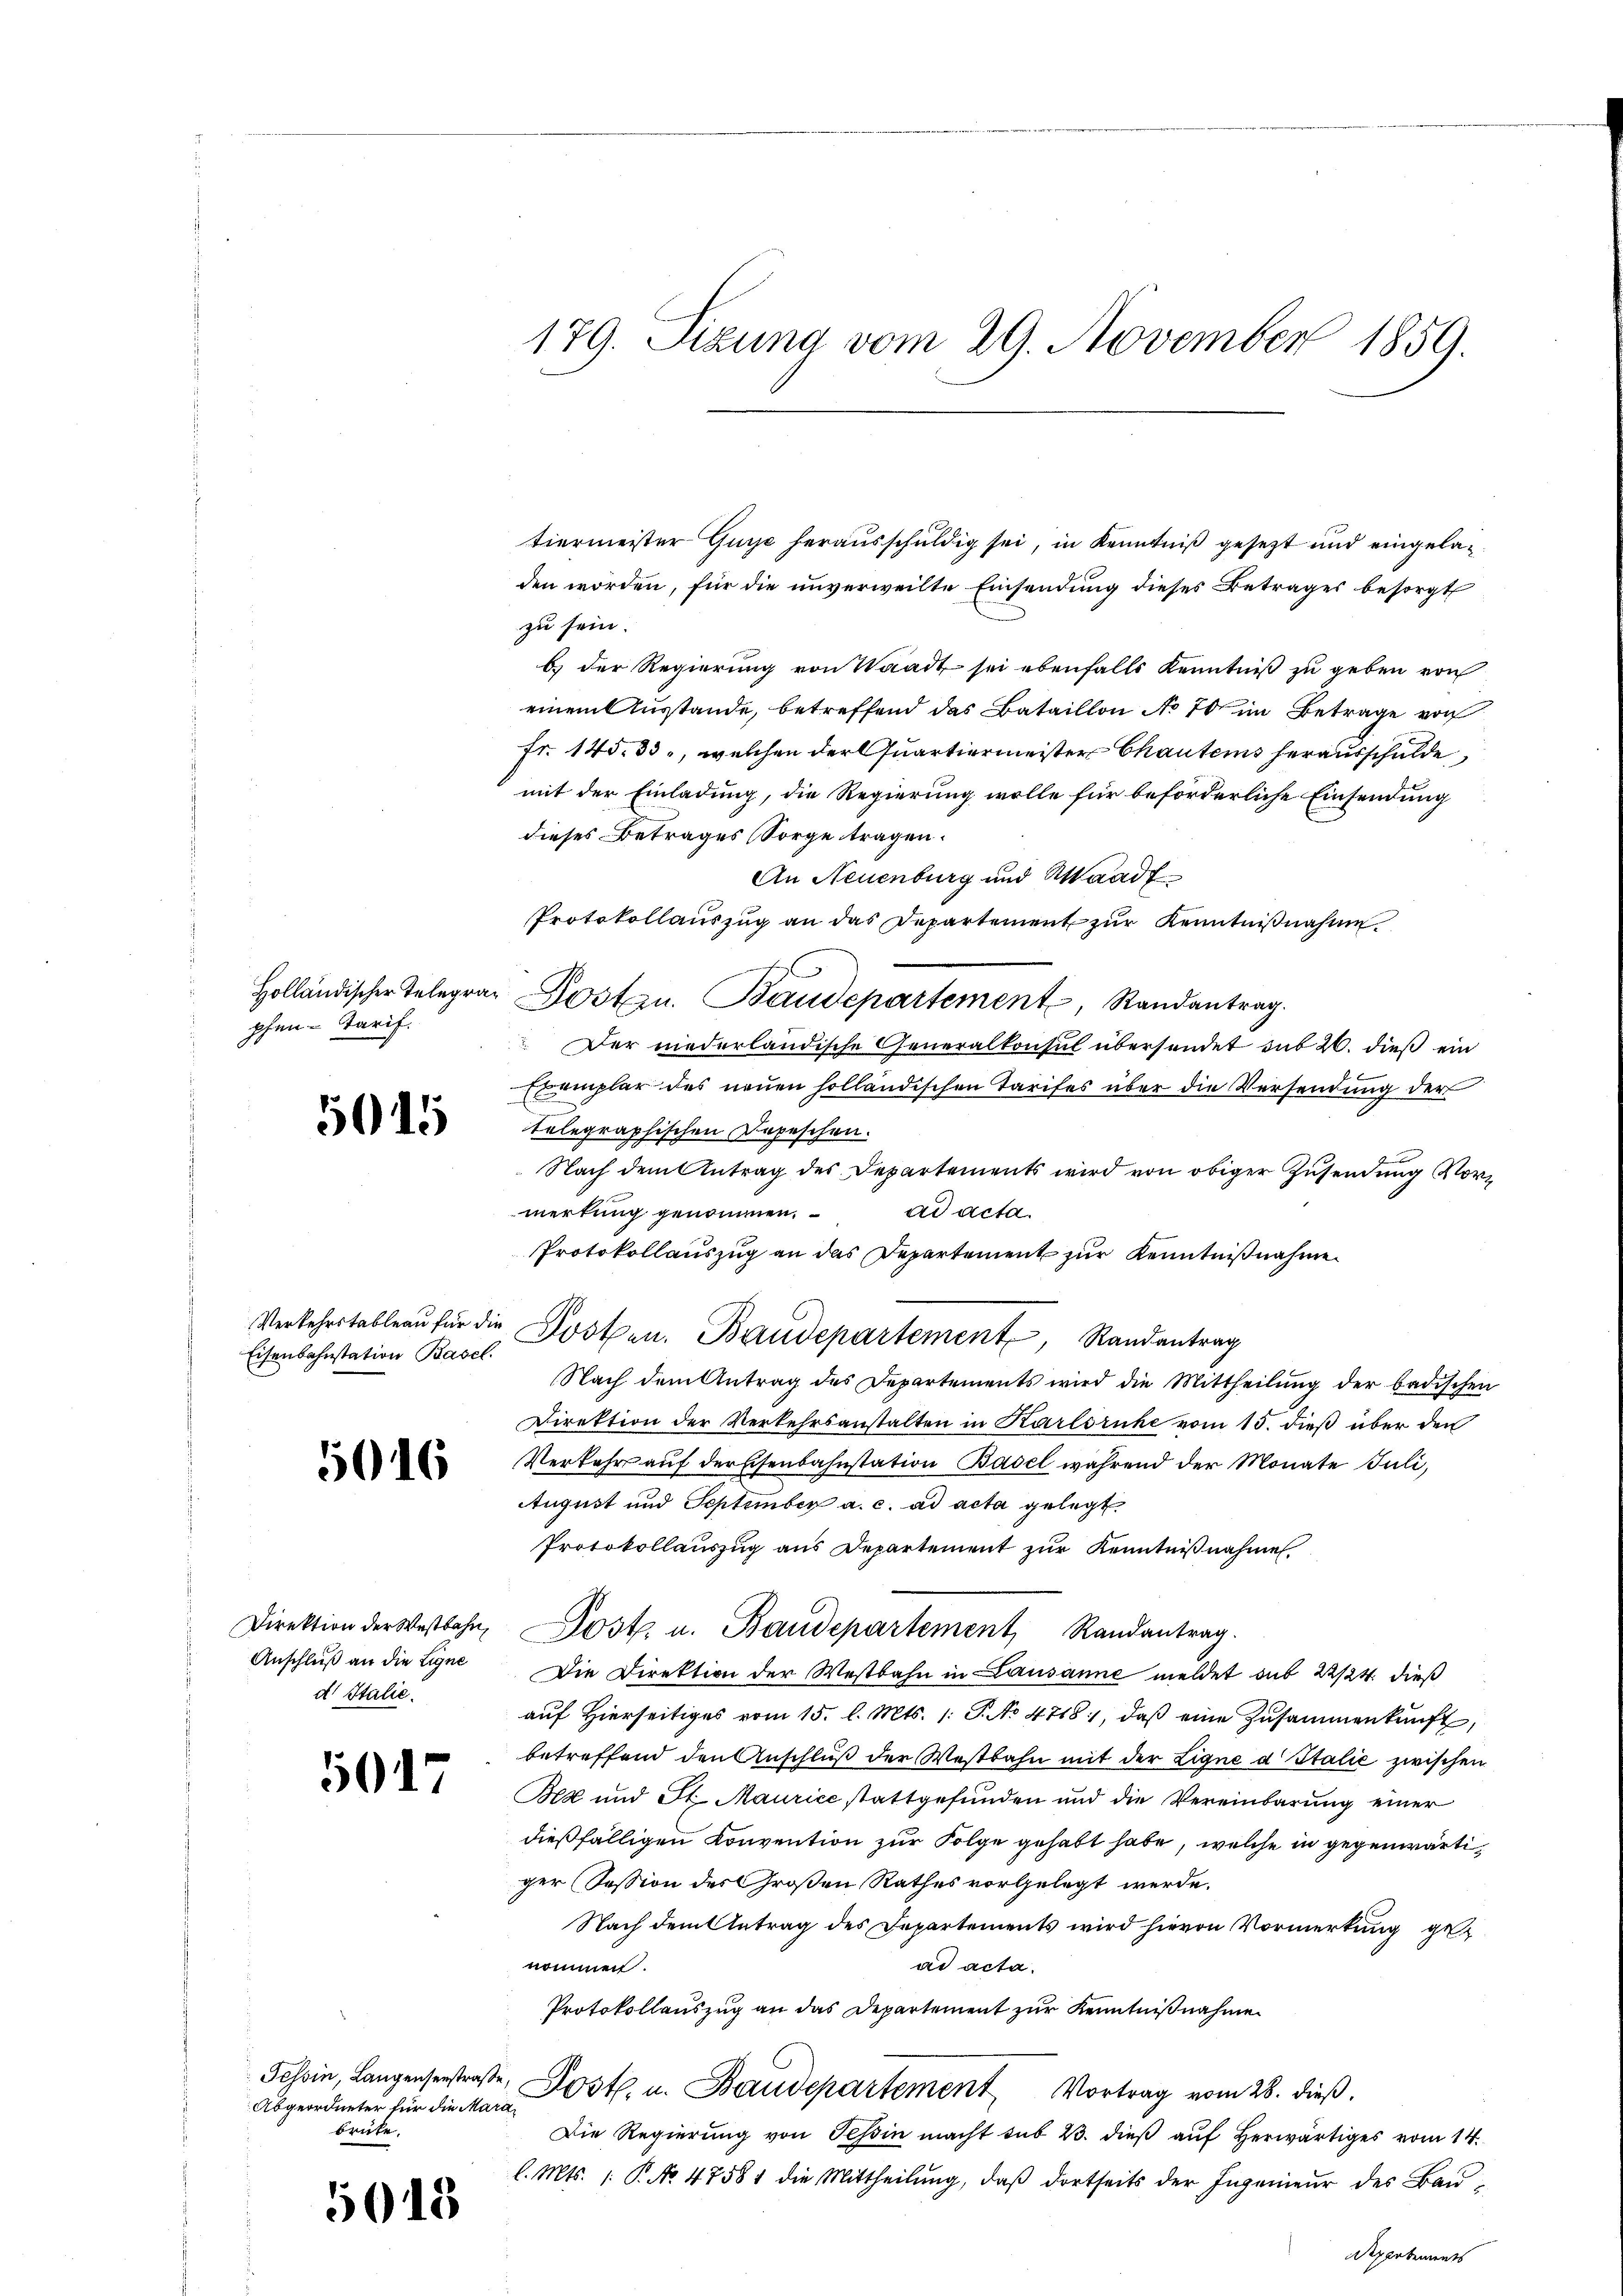
phen Tarif.

5015

Eisenbahnstation Basel.

16

Anschluß an die Ligne
d Italie

5017

Abgeordneter für die Marabrüte.

5015

179. Sizung vom 29. November 1859.

den worden, für die unverweilte Einsendung dieses Betrages besorgt
zu sein.
b) der Regierung von Waadt sei ebenfalls Kenntniß zu geben von
einem Ausstande, betreffend das Bataillon No 70 im Betrage von
Fr. 140. 33, welchen der Quartiermeister Chautens herausschulde
mit der Einladung, die Regierung wolle für beförderliche Einsendung
dieses Betrages Sorge tragen.
An Neuenburg und Waadt
Protokollaŭszŭg an das Departement zŭr Kenntniβnahme.
Holländischer Telegra Posten. Baudepartement, Randantrag.
Der niederländische Generalkonsul übersendet sub 20. dieß ein
Exemplar des neuen holländischen Tarifes über die Versendung der
telegraphischen Depeschen.
Nach dem Antrag des Departements wird von obiger Zusendung Vorad acta.
wertung genommen.
Protokollauszug an das Departement zur Kenntnißnahme
Nach dem Antrag des Departements wird die Mittheilŭng der badischen
Direktion der Verkehrsanstalten in Karlsruhe vom 15. dieß über den
Verkehr auf der Eisenbahnstation Basel während der Monate Juli,
August und September a. c. ad acta gelegt
Protokollaŭszŭg ans Departement zŭr Kenntniβnahme.
Direktion der Westbahn, Post u. Baudepartement Randantrag.
Die Direktion der Westbahn in Lausanne meldet sub 22/24. dieß
aŭf hierseitiges vom 15. l. Mts. /: P. No 4718, daβ eine Zusammenkunft,
betreffend den Anschlŭβ der Westbahn mit der Eigne d Italić zwischen
Bez und St. Maurice stattgefŭnden und die Vereinbarŭng einer
dießfälligen Konvention zur Folge gehabt habe, welche in gegenwärtiger Session des Großen Rathes vorgelegt werde.
Nach dem Antrag des Departements wird hievon Vormerkung gead acta.
nommen.
Protokollauszug an das Departement zur Kenntnißnahme
Tessin, Langenserstraβe, Postl. u. Baudepartement Vortrag vom 28. dieβ.
Die Regierung von Tessin macht sub 23. dieß auf herwärtiges vom 14.
l. Mts. /: P. No 47581 die Mittheilung, daß dortseits der Ingenieur des Bau¬
Departements

Verkehrstableau für die Posten. Baudepartement, Randantrag

tiermeister Guye herausschuldig sei, in Kenntniß gesezt und eingela¬